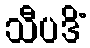
သီပဒိံ